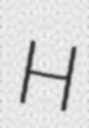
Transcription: H